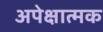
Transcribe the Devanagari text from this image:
अपेक्षात्मक